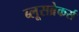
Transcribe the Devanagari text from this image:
ब्लूसब्रेकर्स